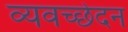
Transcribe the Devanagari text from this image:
व्यवच्छेदन